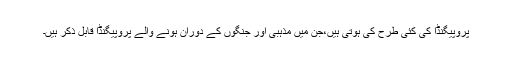
پروپیگنڈا کی کئی طرح کی ہوتی ہیں،جن میں مذہبی اور جنگوں کے دوران ہونے والے پروپیگنڈا قابل ذکر ہیں۔